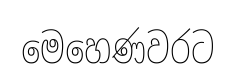
මෙහෙණවරට